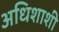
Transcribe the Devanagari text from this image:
अधिशाशी